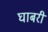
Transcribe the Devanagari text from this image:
घाबरी